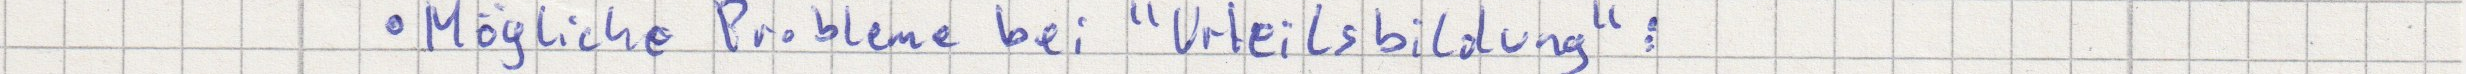
Mögliche Probleme bei "Urteilsbildung":